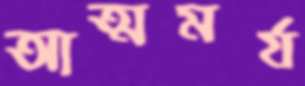
আত্মমর্য